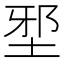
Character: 𡌯